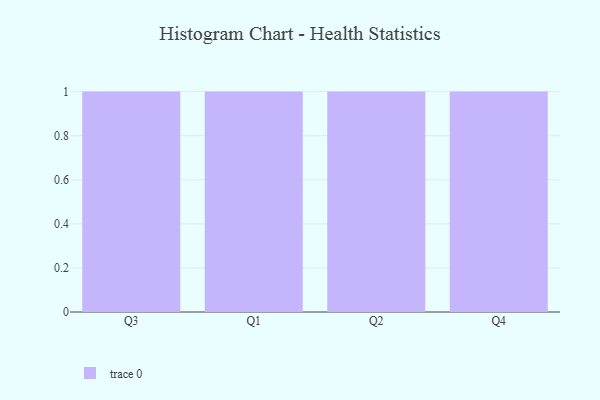
{"axis": {"x": "Quarter", "y": "Humidity (%)"}, "legend": [""], "data": [{"x": "Q3", "y": 77, "type": ""}, {"x": "Q1", "y": 17, "type": ""}, {"x": "Q2", "y": 9, "type": ""}, {"x": "Q4", "y": 49, "type": ""}]}